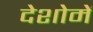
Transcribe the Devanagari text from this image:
देशोमें